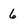
Character: 6